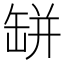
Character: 缾